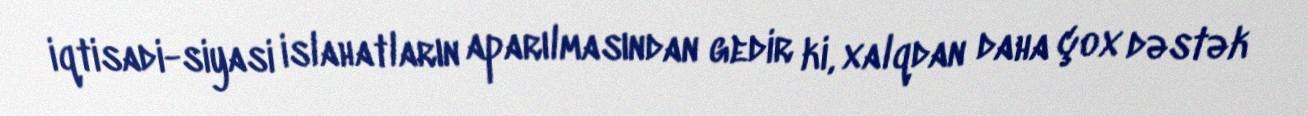
iqtisadi-siyasi islahatların aparılmasından gedir ki, xalqdan daha çox dəstək